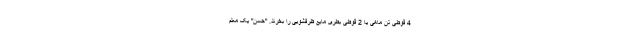
4 قوطی تن ماهی یا 2 قوطی بطری مایع ظرفشویی را بخرند. "حسن" یک معلم